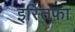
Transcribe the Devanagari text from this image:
इस्तिफ़ा